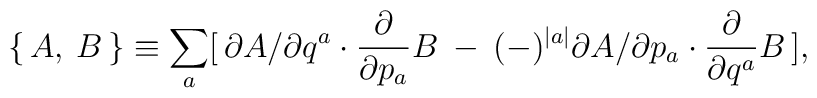
\{\, A, \: B \, \} \equiv \sum_a [\, \partial A / \partial q^a \cdot \frac{\partial}{\partial p_a}B\: - \: (-)^{\mid a \mid} \partial A / \partial p_a \cdot \frac{\partial}{\partial q^a} B \,],